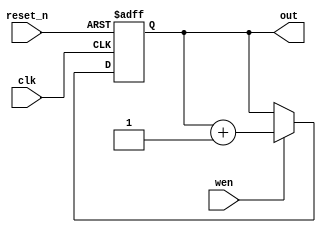
module Counter(
    input reset_n,
    input wen,
    input clk,
    output reg [3:0] out
);
    always@(negedge clk, negedge reset_n) begin
        if(~reset_n) out <= 4'b1111;
        else if(wen) begin
            out <= out + 1;
        end
    end
   
endmodule